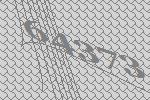
64373